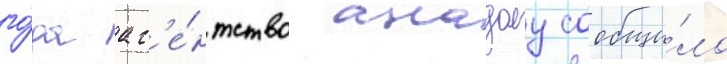
го́да аг'е́нтство анадолу сообщи́ло